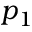
p _ { 1 }